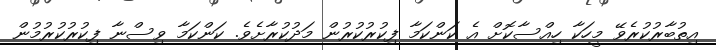
އިތުބާރުކުރެވޭ މީހަކާ ހިއްސާކޮށް އެ ކަންކަމާ ފިކުރުކުރުން މަދުކުރާށެވެ. ކަންކަމާ ވިސްނާ ފިކުރުކުރުމުން